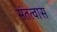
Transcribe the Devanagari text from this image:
संतत्वास